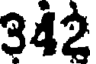
342